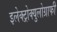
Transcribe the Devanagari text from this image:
इलेक्ट्रोक्युलोग्राफी